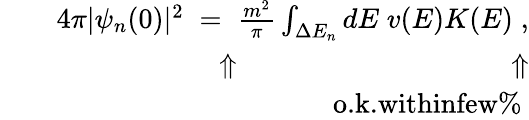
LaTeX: \begin{array}{rlr}&{}&{4\pi|\psi_{n}(0)|^{2}\; =\; \frac{m^{2}}{\pi}\int_{\Delta E_{n}}dE\; v(E)K(E)\; ,}\\ &{}&{\hphantom{4\pi|}\Uparrow\qquad\quad\hphantom{\frac{m^{2}}{\pi}\int_{\Delta E_{n}}dE\; v(}\Uparrow}\\ &{}&{\qquad\quad\textrm{o.k.withinfew\% }}\end{array}